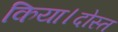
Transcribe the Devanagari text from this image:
किया।दोस्त